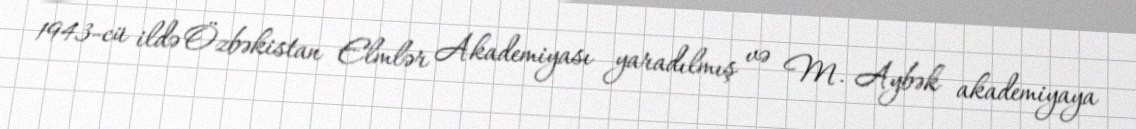
1943-cü ildə Özbəkistan Elmlər Akademiyası yaradılmış və M. Aybək akademiyaya